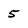
Character: 5